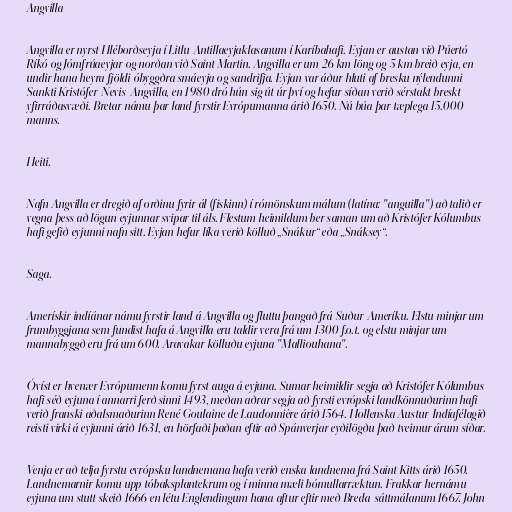
Angvilla

Angvilla er nyrst Hléborðseyja í Litlu-Antillaeyjaklasanum í Karíbahafi. Eyjan er austan við Púertó
Ríkó og Jómfrúaeyjar og norðan við Saint Martin. Angvilla er um 26 km löng og 5 km breið eyja, en
undir hana heyra fjöldi óbyggðra smáeyja og sandrifja. Eyjan var áður hluti af bresku nýlendunni
Sankti Kristófer-Nevis-Angvilla, en 1980 dró hún sig út úr því og hefur síðan verið sérstakt breskt
yfirráðasvæði. Bretar námu þar land fyrstir Evrópumanna árið 1650. Nú búa þar tæplega 15.000
manns.

Heiti.

Nafn Angvilla er dregið af orðinu fyrir ál (fiskinn) í rómönskum málum (latína: "anguilla") að talið er
vegna þess að lögun eyjunnar svipar til áls. Flestum heimildum ber saman um að Kristófer Kólumbus
hafi gefið eyjunni nafn sitt. Eyjan hefur líka verið kölluð „Snákur“ eða „Snáksey“.

Saga.

Amerískir indíánar námu fyrstir land á Angvilla og fluttu þangað frá Suður-Ameríku. Elstu minjar um
frumbyggjana sem fundist hafa á Angvilla eru taldir vera frá um 1300 f.o.t. og elstu minjar um
mannabyggð eru frá um 600. Aravakar kölluðu eyjuna "Malliouhana".

Óvíst er hvenær Evrópumenn komu fyrst auga á eyjuna. Sumar heimildir segja að Kristófer Kólumbus
hafi séð eyjuna í annarri ferð sinni 1493, meðan aðrar segja að fyrsti evrópski landkönnuðurinn hafi
verið franski aðalsmaðurinn René Goulaine de Laudonnière árið 1564. Hollenska Austur-Indíafélagið
reisti virki á eyjunni árið 1631, en hörfaði þaðan eftir að Spánverjar eyðilögðu það tveimur árum síðar.

Venja er að telja fyrstu evrópsku landnemana hafa verið enska landnema frá Saint Kitts árið 1650.
Landnemarnir komu upp tóbaksplantekrum og í minna mæli bómullarræktun. Frakkar hernámu
eyjuna um stutt skeið 1666 en létu Englendingum hana aftur eftir með Breda-sáttmálanum 1667. John